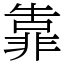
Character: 靠